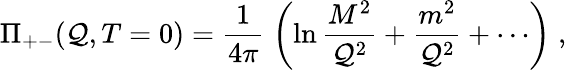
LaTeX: \Pi_{+-}(\mathcal{Q},T=0)=\frac{{1}}{{4\pi}}\; \left(\ln\frac{{M^{2}}}{{\mathcal{Q}^{2}}}+\frac{{m^{2}}}{{\mathcal{Q}^{2}}}+\cdots\right)\; ,